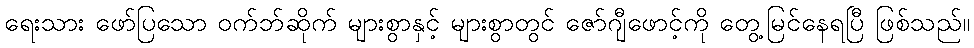
ရေးသား ဖော်ပြသော ဝက်ဘ်ဆိုက် များစွာနှင့် များစွာတွင် ဇော်ဂျီဖောင့်ကို တွေ့မြင်နေရပြီ ဖြစ်သည်။